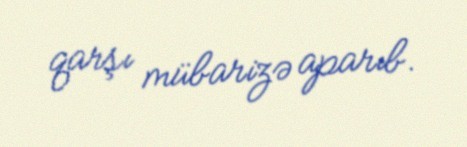
qarşı mübarizə aparıb.